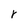
Character: r